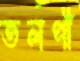
তলপী